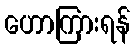
ဟောကြားရန်